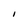
Character: I